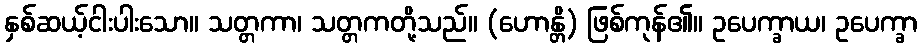
နှစ်ဆယ့်ငါးပါးသော။ သတ္တကာ၊ သတ္တကတို့သည်။ (ဟောန္တိ) ဖြစ်ကုန်၏။ ဥပေက္ခာယ၊ ဥပေက္ခာ